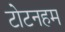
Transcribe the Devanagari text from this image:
टोटनहम